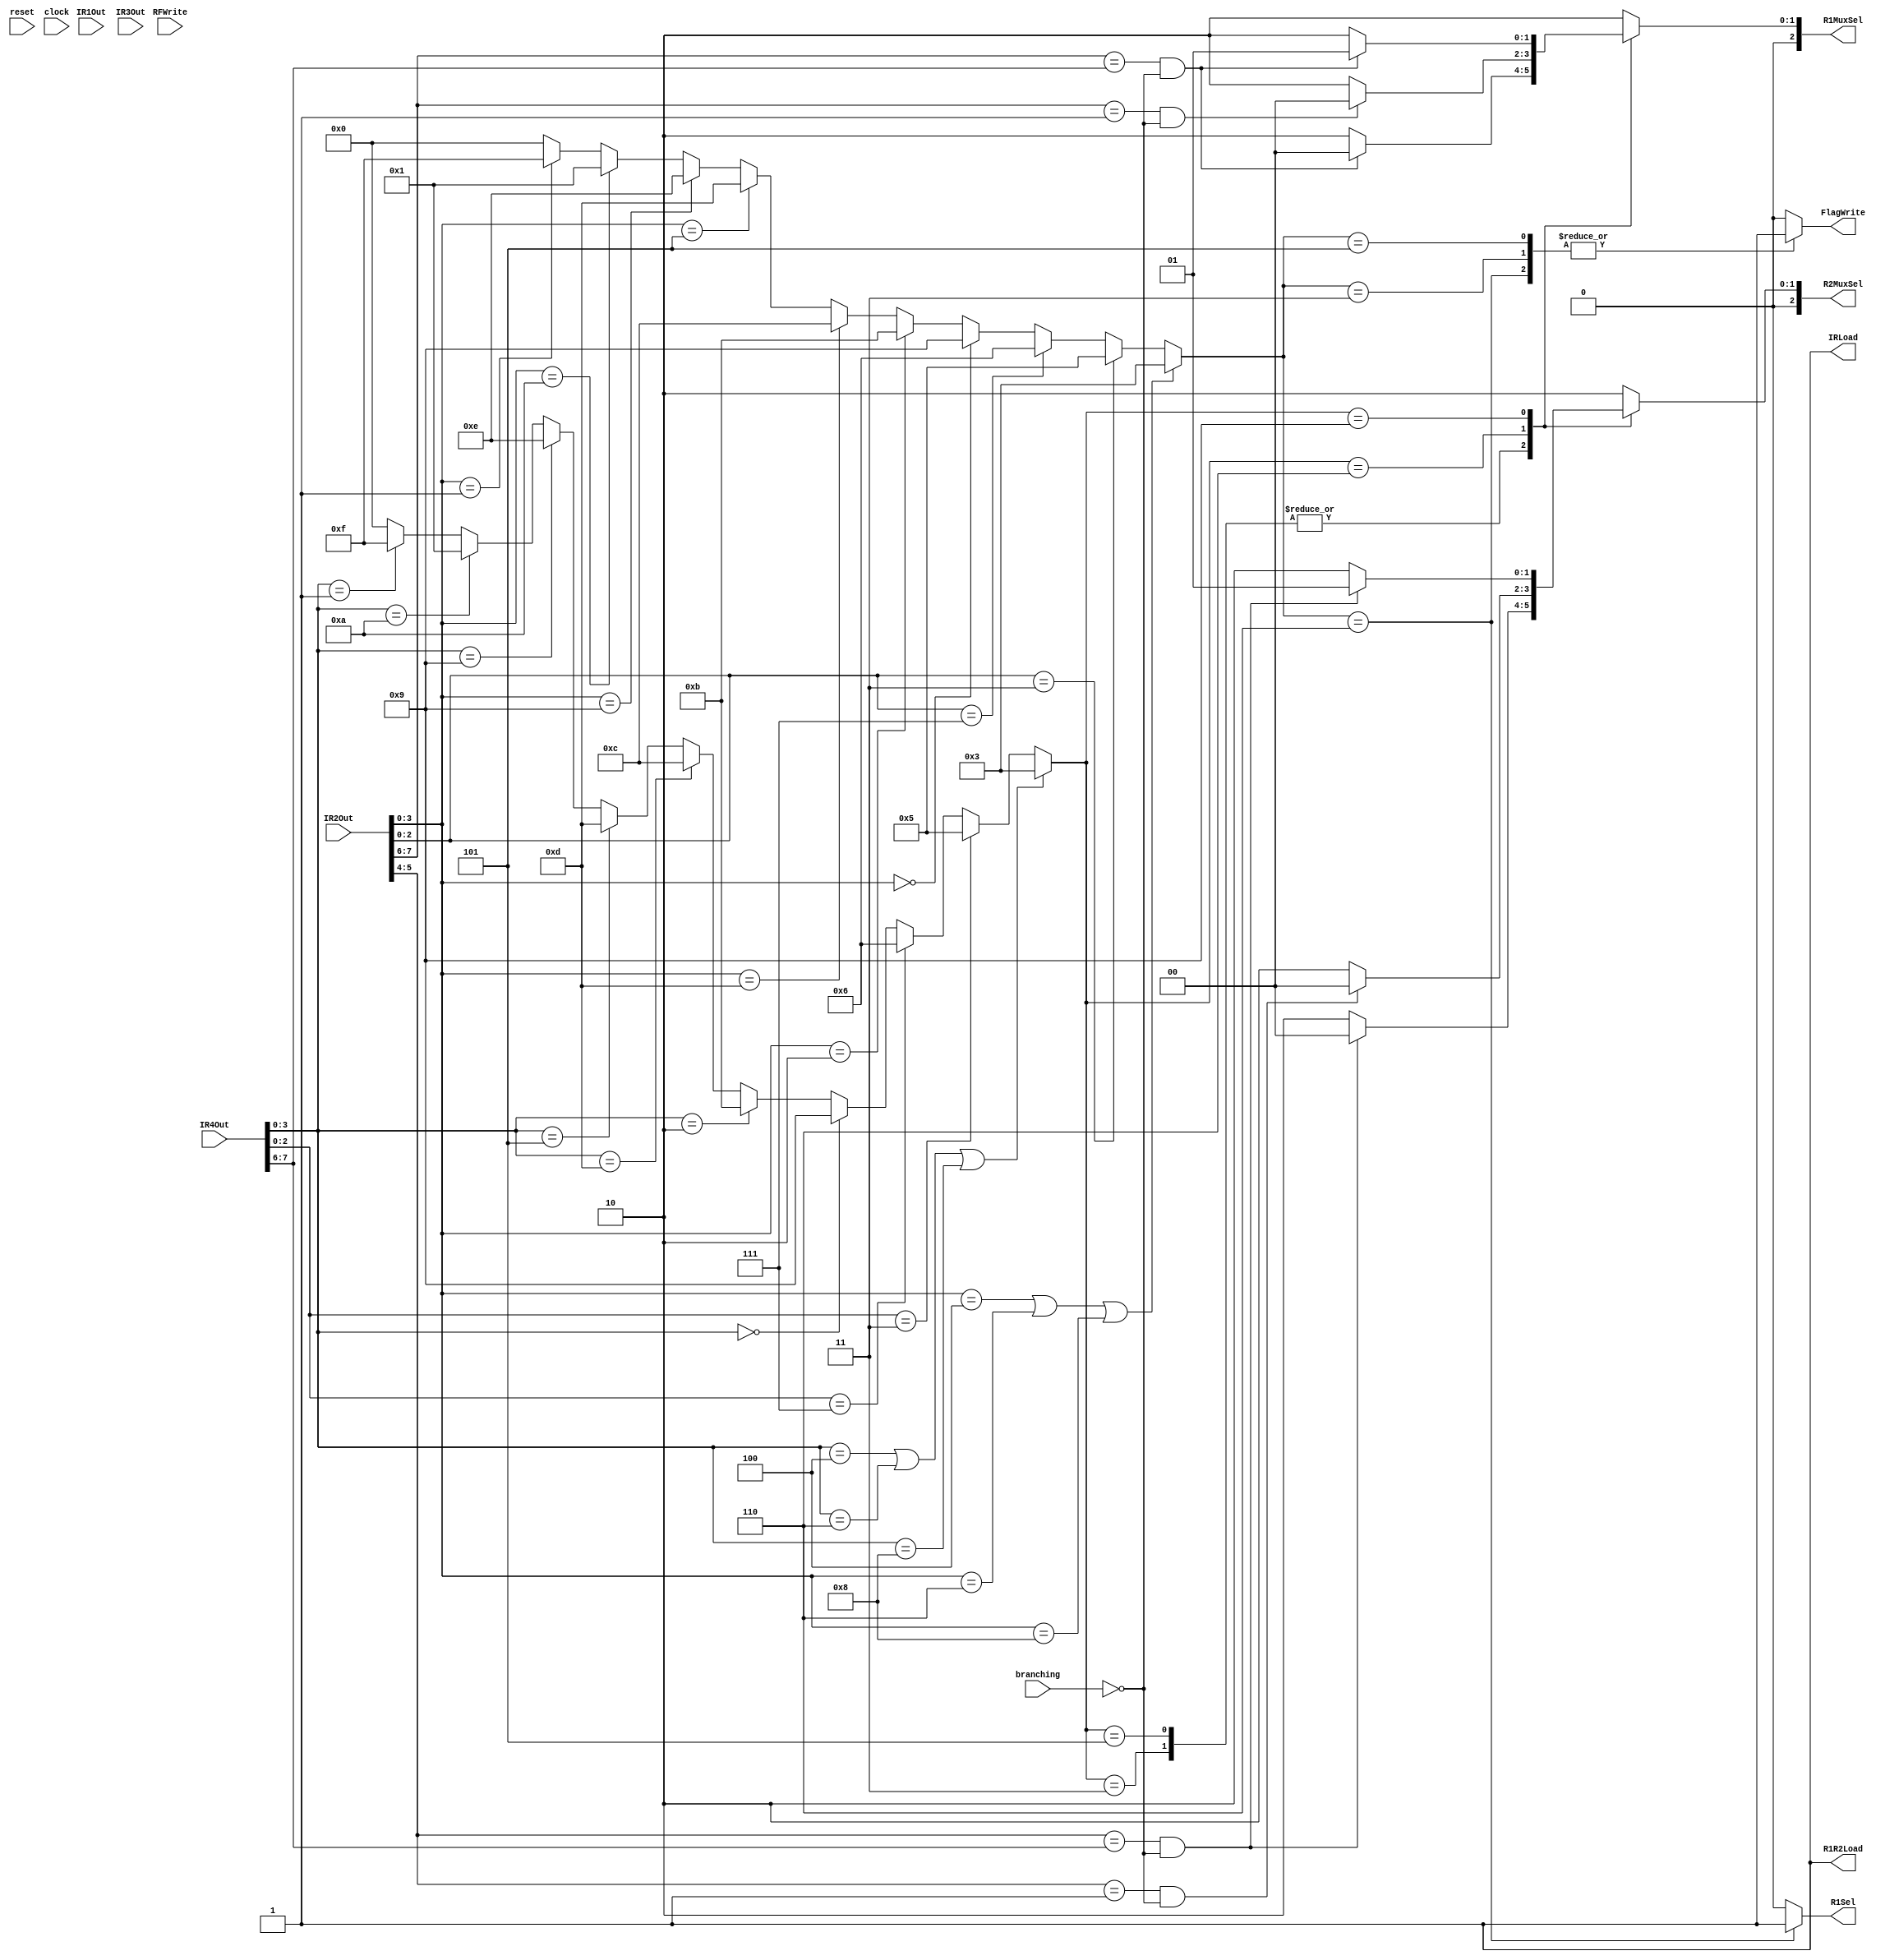
module RFController
(
reset, IR1Out, IR2Out, IR3Out, IR4Out, clock, RFWrite, branching,
IRLoad, R1R2Load, R1Sel, FlagWrite,
R1MuxSel, R2MuxSel
);
	
	input RFWrite, branching;
	input	reset, clock;
	input [7:0] IR1Out, IR2Out, IR3Out, IR4Out;
	output	R1R2Load, IRLoad, R1Sel;
	output FlagWrite;
	output [2:0] R1MuxSel, R2MuxSel;
	//output	[3:0] state;
	
	reg [2:0] R1MuxSel, R2MuxSel;
	reg FlagWrite;
	reg R1Sel;
	reg [3:0]	state;
	reg [3:0] instr;
	
	reg [3:0] state2; // IR4 - WriteBack
	reg [3:0] instr2;

/*****************************************************************************
 *                         Parameter Declarations                            *
 *****************************************************************************/

	parameter [3:0] reset_s = 0, c1 = 1, c2 = 2, c3_asn = 3,
					c4_asnsh = 4, c3_shift = 5, c3_ori = 6,
					c4_ori = 7, c5_ori = 8, c3_load = 9, c4_load = 10,
					c3_store = 11, c3_bpz = 12, c3_bz = 13, c3_bnz = 14,
					stop = 15;

/*****************************************************************************
 *                         Combination Logic 1 (Data Hazards)                *
 *****************************************************************************/
	always@(*)
	begin
		instr2 = IR4Out[3:0];
	end
 
	always@(*)
	begin	
		if(instr2 == 4'b0100 | instr2 == 4'b0110 | instr2 == 4'b1000) state2 = c3_asn;
		else if( instr2[2:0] == 3'b011 ) state2 = c3_shift;
		else if( instr2[2:0] == 3'b111 ) state2 = c3_ori;
		else if( instr2 == 4'b0000 ) state2 = c3_load;
		else if( instr2 == 4'b0010 ) state2 = c3_store;
		else if( instr2 == 4'b1101 ) state2 = c3_bpz;
		else if( instr2 == 4'b0101 ) state2 = c3_bz;
		else if( instr2 == 4'b1001 ) state2 = c3_bnz;
		else if( instr2 == 4'b1010 ) state2 = c1; // nop
		else if( instr2 == 4'b0001 ) state2 = stop;
		else state2 = 0;
	end
	
	always @(*)
	begin
		case(state2) // this can probably be simplified but leaving for now b/c it works
			c3_asn:
				begin
				if(IR2Out[7:6] == IR4Out[7:6] && branching==0) R1MuxSel = 0;
				else R1MuxSel = 2;
				if(IR2Out[5:4] == IR4Out[7:6] && branching==0) R2MuxSel = 0;
				else R2MuxSel = 2;
				end
			c3_shift: // R2 unused
				begin
				if(IR2Out[7:6] == IR4Out[7:6] && branching==0) R1MuxSel = 0;
				else R1MuxSel = 2;
				if(IR2Out[5:4] == IR4Out[7:6] && branching==0) R2MuxSel = 0;
				else R2MuxSel = 2;
				end
			c3_ori:
				begin
				if(IR2Out[7:6] == 1 && branching==0) R1MuxSel = 0;
				else R1MuxSel = 2;
				if(IR2Out[5:4] == 1 && branching==0) R2MuxSel = 0;
				else R2MuxSel = 2;
				end
			c3_load:
				begin
				// if(IR2Out[7:6] == 1 && branching==0) R1MuxSel = 0;
				if(IR2Out[7:6] == IR4Out[7:6] && branching==0) R1MuxSel = 1;
				else R1MuxSel = 2;
				if(IR2Out[5:4] == IR4Out[7:6] && branching==0) R2MuxSel = 1; // MDR Output
				else R2MuxSel = 2;
				end
			default:
				begin
				R1MuxSel = 2;
				R2MuxSel = 2;
				end
		endcase
	end
	
/*****************************************************************************
 *                         Combination Logic 2                              *
 *****************************************************************************/
					
	assign IRLoad = 1'b1;
	assign R1R2Load = 1'b1;
	
	always@(*)
	begin
		instr = IR2Out[3:0];
	end
	
	always@(*)
	begin	
		if(instr == 4'b0100 | instr == 4'b0110 | instr == 4'b1000) state = c3_asn;
		else if( instr[2:0] == 3'b011 ) state = c3_shift;
		else if( instr[2:0] == 3'b111 ) state = c3_ori;
		else if( instr == 4'b0000 ) state = c3_load;
		else if( instr == 4'b0010 ) state = c3_store;
		else if( instr == 4'b1101 ) state = c3_bpz;
		else if( instr == 4'b0101 ) state = c3_bz;
		else if( instr == 4'b1001 ) state = c3_bnz;
		else if( instr == 4'b1010 ) state = c1; // nop
		else if( instr == 4'b0001 ) state = stop;
		else state = 0;
	end
	
	always@(*)
	begin
		case(state)
			c3_ori: 
				begin
					R1Sel = 1'b1;
					FlagWrite = 1'b1;
				end
			c3_asn:
				begin
					R1Sel = 1'b0;
					FlagWrite = 1'b1;
				end
			c3_shift:
				begin
					R1Sel = 1'b0;
					FlagWrite = 1'b1;
				end
			c3_ori:
				begin
					R1Sel = 1'b0;
					FlagWrite = 1'b1;
				end
			default:
				begin
					R1Sel = 1'b0;
					FlagWrite = 1'b0;
				end
		endcase
	end

		
endmodule